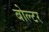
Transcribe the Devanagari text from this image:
बोल्टर